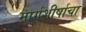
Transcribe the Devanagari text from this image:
मार्गशीर्षाचा